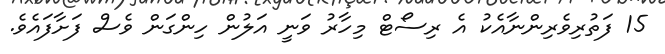
15 ފަތުރިވެރިންނާއެކު އެ ރިސޯޓް މިހާރު ވަނީ އަލުން ހިންގަން ވެސް ފަށާފައެވެ.